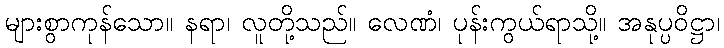
များစွာကုန်သော။ နရာ၊ လူတို့သည်။ လေဏံ၊ ပုန်းကွယ်ရာသို့။ အနုပ္ပဝိဋ္ဌာ၊